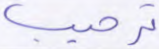
ترحيب